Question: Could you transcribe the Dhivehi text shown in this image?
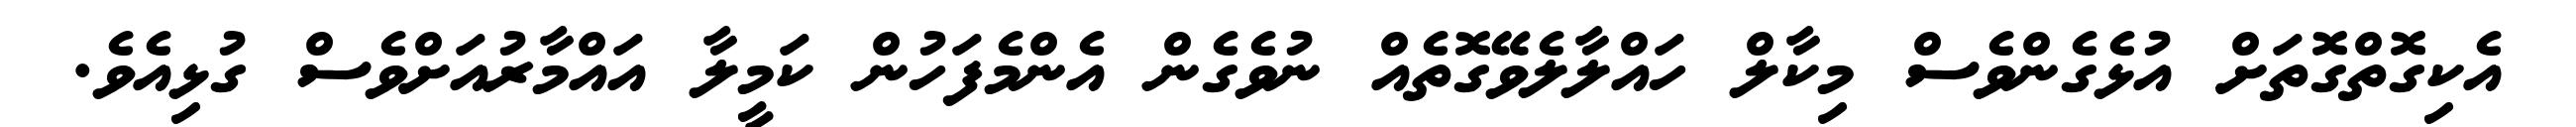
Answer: އެކިގޮތްގޮތަށް އުޅެގެންވެސް މިކާލް ހައްލާލެވޭގޮތެއް ނުވެގެން އެންމެފަހުން ކަމީލާ އައްމާރުއަށްވެސް ގުޅިއެވެ.